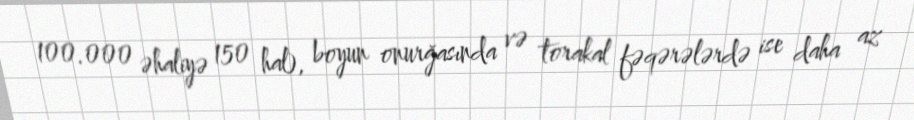
100.000 əhaliyə 150 hal), boyun onurğasında və torakal fəqərələrdə ise daha az